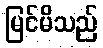
မြင်မိသည်